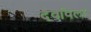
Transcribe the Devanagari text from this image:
देवविला